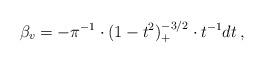
LaTeX: \begin{align*} \beta_v=-\pi^{-1}\cdot (1-t^2)_+^{-3/2}\cdot t^{-1}dt\, , \end{align*}